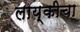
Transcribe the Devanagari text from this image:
लाय्कीचा